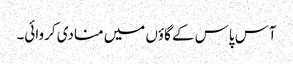
آس پاس کے گاؤں میں منادی کروائی۔